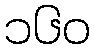
၁၆၀